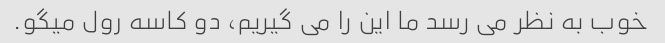
خوب به نظر می رسد ما این را می گیریم، دو کاسه رول میگو.